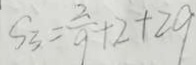
S _ { 3 } = \frac { 2 } { 9 } + 2 + 2 9